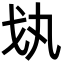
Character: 𢦗